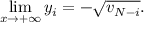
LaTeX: \operatorname * { l i m } _ { x \rightarrow + \infty } y _ { i } = - \sqrt { v _ { N - i } } .